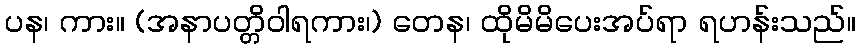
ပန၊ ကား။ (အနာပတ္တိဝါရကား၊) တေန၊ ထိုမိမိပေးအပ်ရာ ရဟန်းသည်။